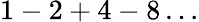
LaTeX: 1-2+4-8\ldots